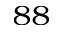
^ { 8 8 }